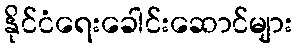
နိုင်ငံရေးခေါင်းဆောင်များ